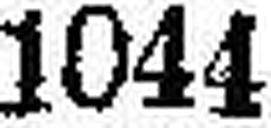
1044